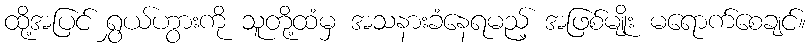
ထို့အပြင် ရွှယ်ဟွားကို သူတို့ထံမှ အသနားခံနေရမည့် အဖြစ်မျိုး မရောက်စေချင်။